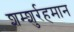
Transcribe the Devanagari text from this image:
शम्शुर्रहमान